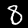
Label: 8